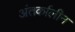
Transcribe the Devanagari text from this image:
अंतर्कालीन